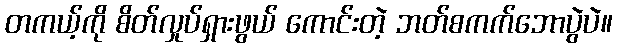
တကယ့်ကို စိတ်လှုပ်ရှားဖွယ် ကောင်းတဲ့ ဘတ်စကက်ဘောပွဲပဲ။